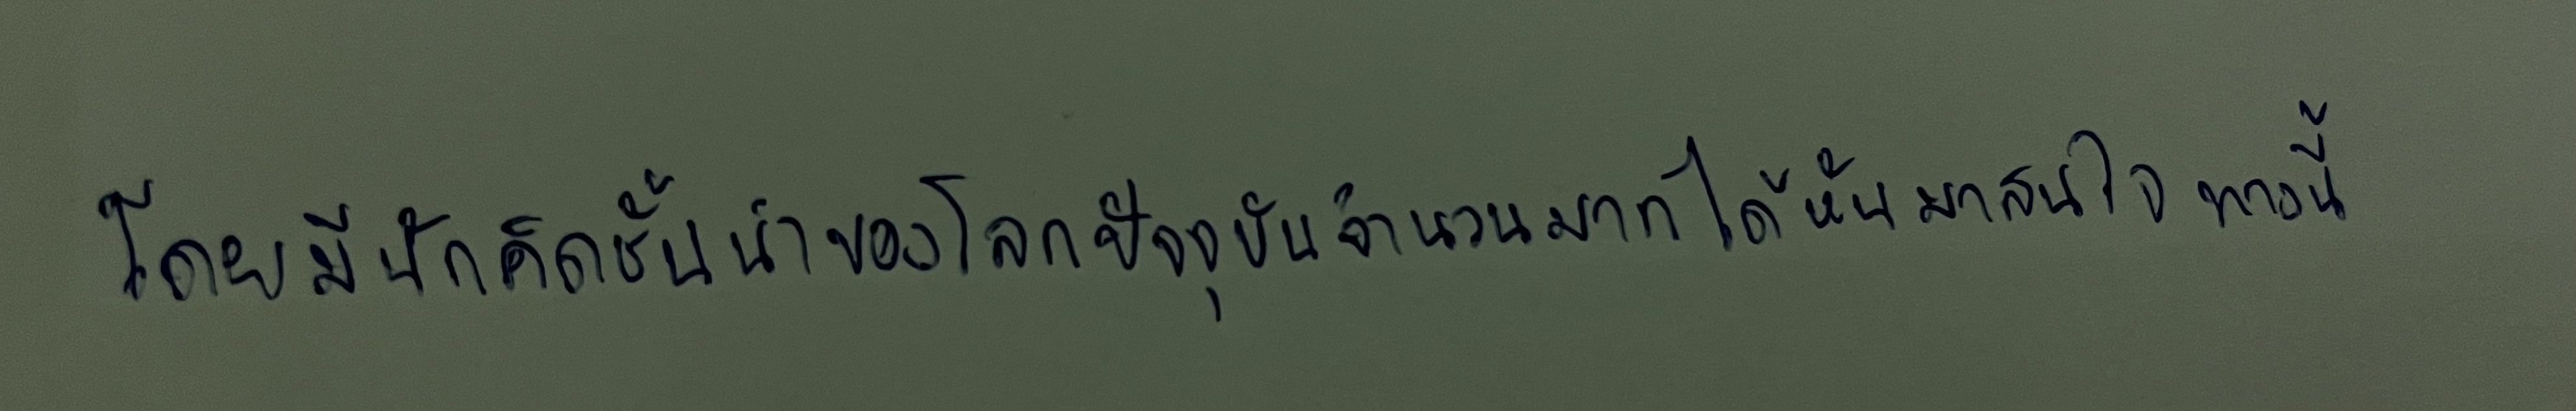
โดยมีนักคิดชั้นนำของโลกปัจจุบันจำนวนมากได้หันมาสนใจทางนี้